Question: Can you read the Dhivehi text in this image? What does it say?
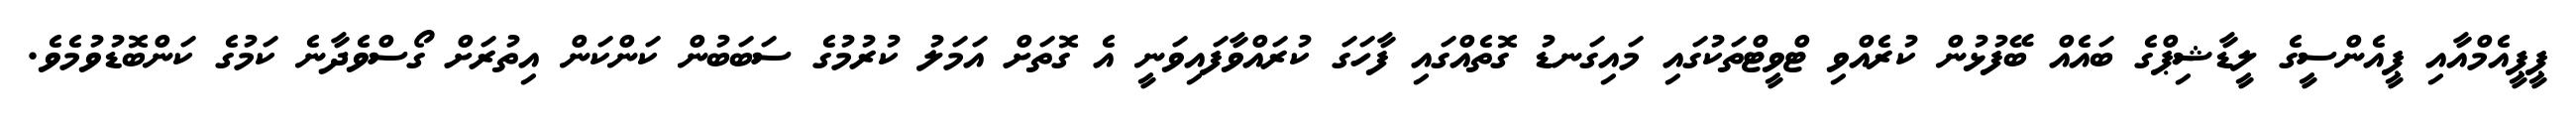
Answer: ޕީޕީއެމްއާއި ޕީއެންސީގެ ލީޑާޝިޕްގެ ބައެއް ބޭފުޅުން ކުރެއްވި ޓްވީޓްތަކުގައި މައިގަނޑު ގޮތެއްގައި ފާހަގަ ކުރައްވާފައިވަނީ އެ ގޮތަށް އަމަލު ކުރުމުގެ ސަބަބުން ކަންކަން އިތުރަށް ގޯސްވެދާނެ ކަމުގެ ކަންބޮޑުވުމެވެ.